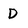
Character: D